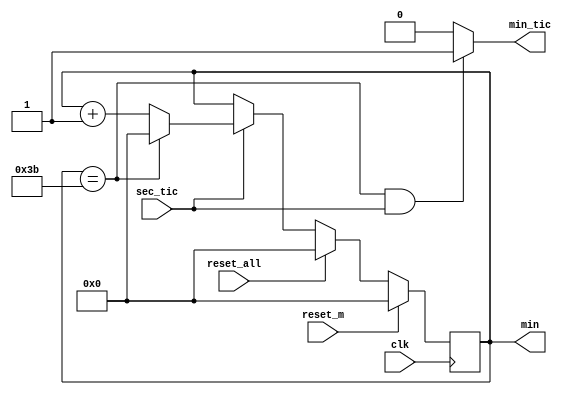
`timescale 1ns / 1ps
//////////////////////////////////////////////////////////////////////////////////
// Company: 
// Engineer: 
// 
// Design Name: 
// Module Name: min_gen
// Project Name: 
// Target Devices: 
// Tool Versions: 
// Description: 
// 
// Dependencies: 
// 
// Revision:
// Revision 0.01 - File Created
// Additional Comments:
// 
//////////////////////////////////////////////////////////////////////////////////


module min_gen(
clk,
reset_m,
sec_tic,
reset_all,
min,
min_tic,
    );
parameter P_MIN_BIT=6;
input clk,reset_m,sec_tic,reset_all;
output reg [P_MIN_BIT-1:0] min;
wire reset_all;
output min_tic;
assign min_tic = min ==59 & sec_tic ? 1'b1 : 1'b0;
always @ (posedge clk) begin
    if(reset_m) begin
        min <= 0;
    end else if(reset_all) begin
        min <= 0;
    end else begin
        if(sec_tic) begin
           min <= min + 1'b1;
           if(min==59) begin
                min <=0;
           end
        end 
     end
end
endmodule